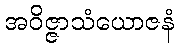
အဝိဇ္ဇာသံယောဇနံ